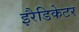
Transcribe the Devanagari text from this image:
इरैडिकेटर